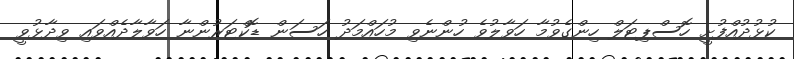
ކުޅުދުއްފުށީ ހޮސްޕިޓަލް ހިންގެވުމާ ހަވާލުވެ ހުންނެވި މުހަައްމަދު ހަސަން ޑޮކްޓަރުންނާ ހަވާލާދެއްވައި ވިދާޅުވީ